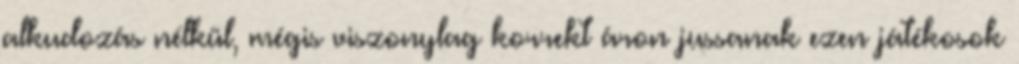
alkudozás nélkül, mégis viszonylag korrekt áron jussanak ezen játékosok